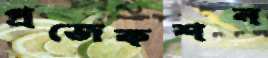
প্রজেকশন